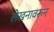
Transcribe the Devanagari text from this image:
लेखनावरून